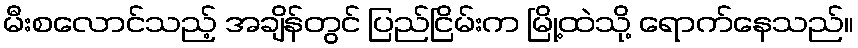
မီးစလောင်သည့် အချိန်တွင် ပြည်ငြိမ်းက မြို့ထဲသို့ ရောက်နေသည်။